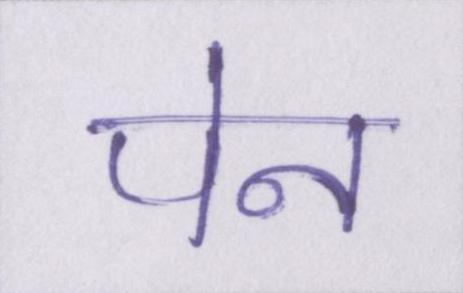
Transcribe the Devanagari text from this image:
पेन